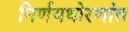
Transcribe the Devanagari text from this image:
निर्णयधोरणांत